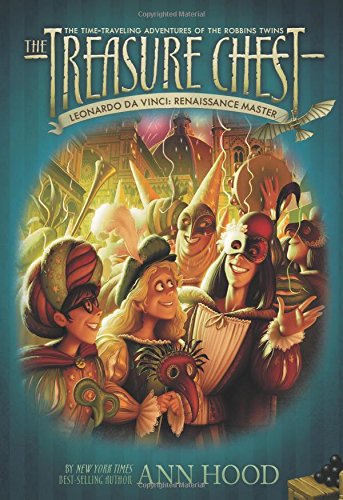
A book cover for Leonardo da Vinci #9: Renaissance Master (The Treasure Chest); Ann Hood; Children's Books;